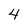
Character: 4